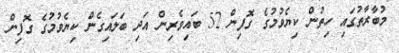
މުބާރާތުގައި ހިތުން ކިޔެވުމުގެ ގޮފިން 52 ބައިވެރިން އަދި ބަލައިގެން ކިޔެވުމުގެ ގޮފިން